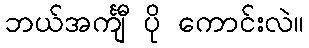
ဘယ်အင်္ကျီ ပို ကောင်းလဲ။